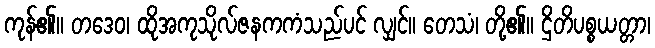
ကုန်၏။ တဒေဝ၊ ထိုအကုသိုလ်ဇနကကံသည်ပင် လျှင်။ တေသံ၊ တို့၏။ ဌိတိပစ္စယတ္တာ၊